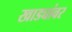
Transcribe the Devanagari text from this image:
खाड्यांवर